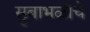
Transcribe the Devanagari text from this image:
सुबाभळीचे